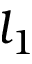
l _ { 1 }